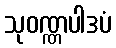
သုဝဏ္ဏပါဒပံ